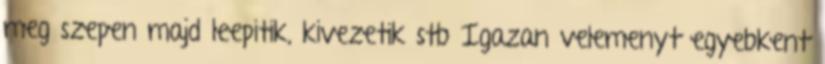
meg szepen majd leepitik, kivezetik stb Igazan velemenyt egyebkent